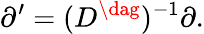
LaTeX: \partial^{\prime}=(D^{\dag})^{-1}\partial.